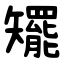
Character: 矲